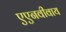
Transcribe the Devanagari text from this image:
एएनवीवाय